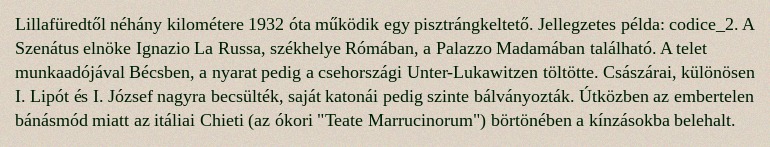
Lillafüredtől néhány kilométere 1932 óta működik egy pisztrángkeltető. Jellegzetes példa: codice_2. A Szenátus elnöke Ignazio La Russa, székhelye Rómában, a Palazzo Madamában található. A telet munkaadójával Bécsben, a nyarat pedig a csehországi Unter-Lukawitzen töltötte. Császárai, különösen I. Lipót és I. József nagyra becsülték, saját katonái pedig szinte bálványozták. Útközben az embertelen bánásmód miatt az itáliai Chieti (az ókori "Teate Marrucinorum") börtönében a kínzásokba belehalt.